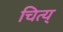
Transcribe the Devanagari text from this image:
चित्य्